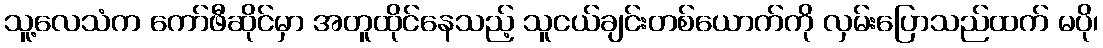
သူ့လေသံက ကော်ဖီဆိုင်မှာ အတူထိုင်နေသည့် သူငယ်ချင်းတစ်ယောက်ကို လှမ်းပြောသည်ထက် မပို၊